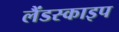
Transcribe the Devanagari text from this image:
लैंडस्काइप